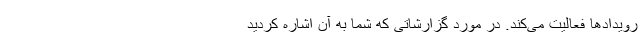
رویدادها فعالیت می‌کند. در مورد گزارشاتی که شما به آن اشاره کردید